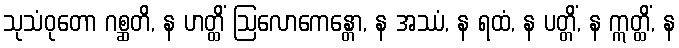
သုသံဝုတော ဂစ္ဆတိ, န ဟတ္ထိံ ဩလောကေန္တော, န အဿံ, န ရထံ, န ပတ္တိံ, န ဣတ္ထိံ, န